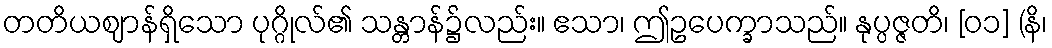
တတိယဈာန်ရှိသော ပုဂ္ဂိုလ်၏ သန္တာန်၌လည်း။ ဧသာ၊ ဤဥပေက္ခာသည်။ နုပ္ပဇ္ဇတိ၊ [၀၁] (နိ၊